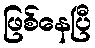
ဖြစ်နေပြီ